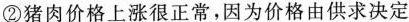
②猪肉价格上涨很正常，因为价格由供求决定